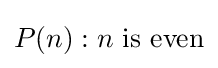
P(n):n\mathrm {\ is\ even}